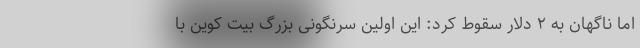
اما ناگهان به ۲ دلار سقوط کرد: این اولین سرنگونی بزرگ بیت کوین با